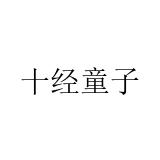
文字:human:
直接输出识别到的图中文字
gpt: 十经童子